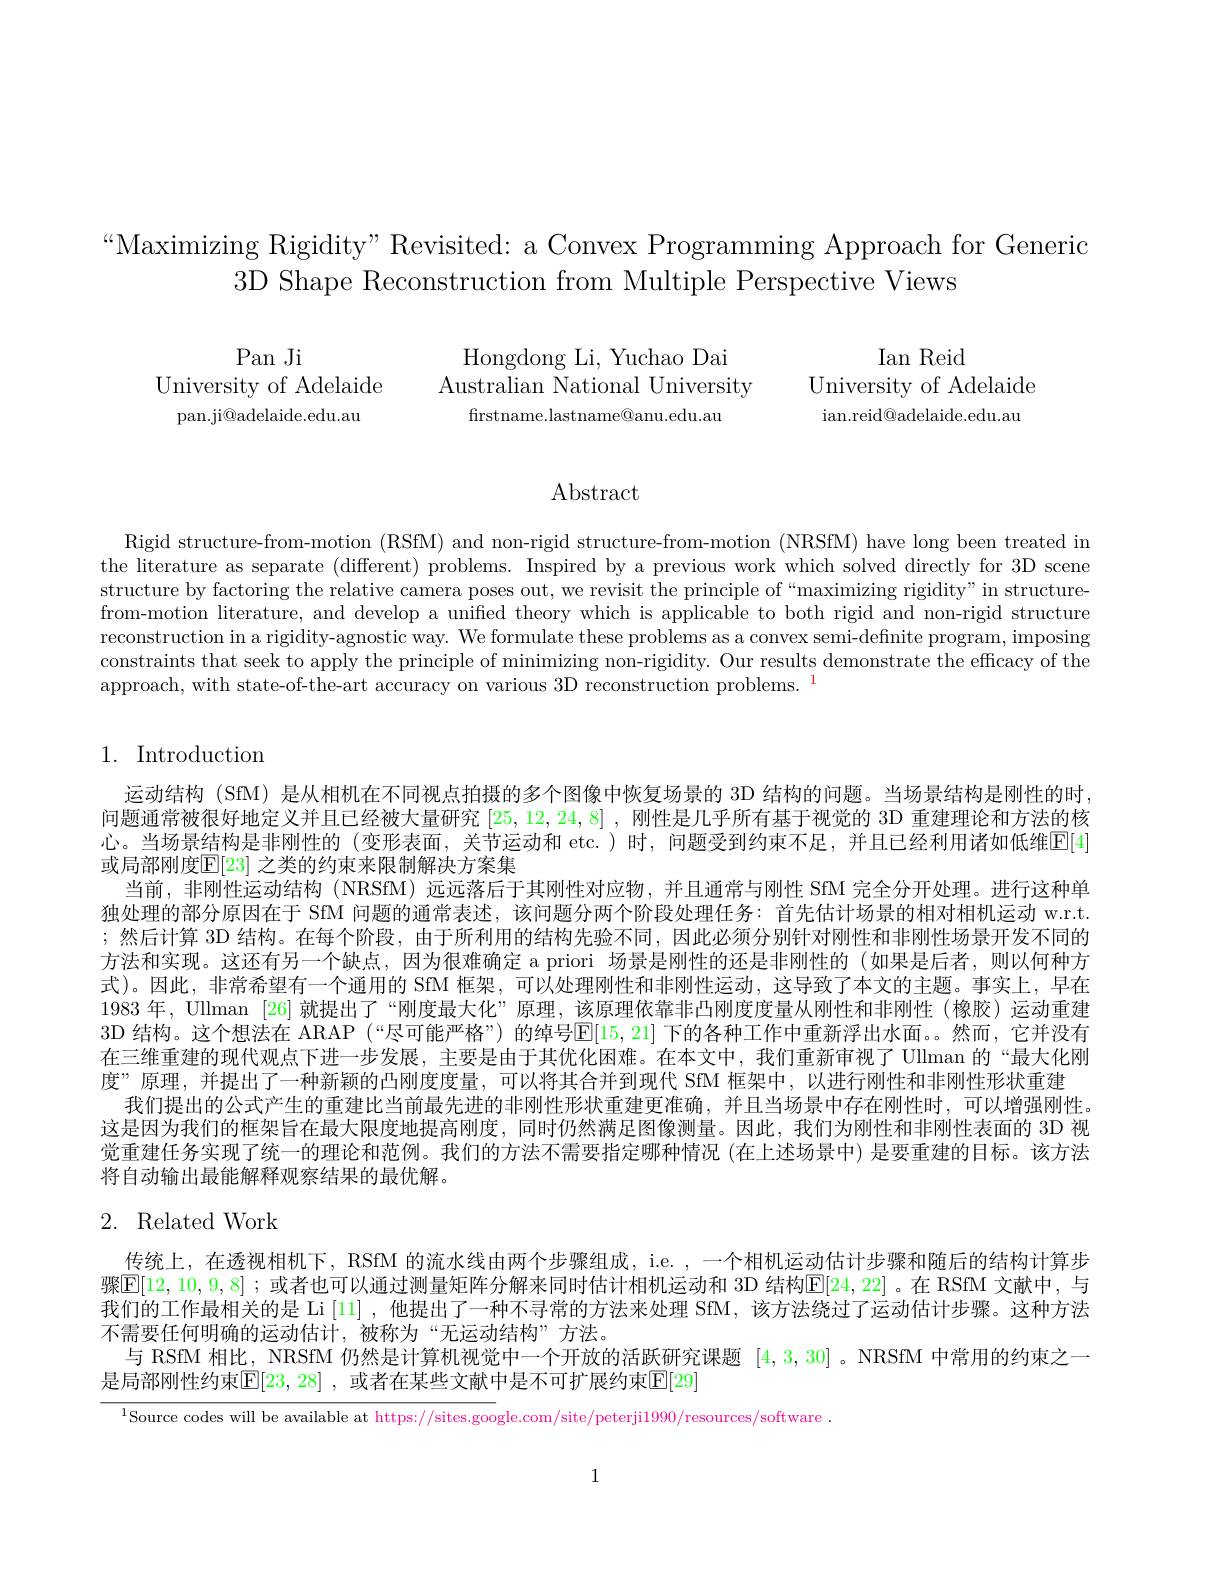
$“$Maximizing Rigidity" Revisited: a Convex Programming Approach for Generic
3D Shape Reconstruction from Multiple Perspective Views

Pan Ji
University of Adelaide Australian National University University of Adelaide
pan.ji@adelaide.edu.au

Hongdong Li, Yuchao Dai frstname.lastname@anu.edu.au

Ian Reid
ian. reid@ adelaide. edu. au

$\operatorname{Abstract}$

Rigid structure-from-motion (RSfM) and non-rigid structure-from-motion (NRSfM) have long been treated in the literature as separate (different) problems. Inspired by a previous work which solved directly for 3D scene structure by factoring the relative camera poses out, we revisit the principle of“maximizing rigidity”in structurefrom-motion literature, and develop a unified theory which is applicable to both rigid and non-rigid structure reconstruction in a rigidity-agnostic way. We formulate these problems as a convex semi-definite program, imposing constraints that seek to apply the principle of minimizing non-rigidity. Our results demonstrate the efficacy of the approach, with state-of-the-art accuracy on various 3D reconstruction problems. $^{\mathrm{1}}$

## 1. Introduction

运动结构 (SfM) 是从相机在不同视点拍摄的多个图像中恢复场景的 3D 结构的问题。当场景结构是刚性的时问题通常被很好地定义并且已经被大量研究[25,12,24,8] , 刚性是几乎所有基于视觉的 3D 重建理论和方法的核心。当场景结构是非刚性的(变形表面，关节运动和 etc.)时，问题受到约束不足，并且已经利用诸如低维$\mathbb{E}[4]$ 或局部刚度$\mathbb{E}[23]$ 之类的约束来限制解决方案集
当前，非刚性运动结构(NRSfM) 远远落后于其刚性对应物，并且通常与刚性 SfM 完全分开处理。进行这种单独处理的部分原因在于 SfM 间题的通常表述，该问题分两个阶段处理任务：首先估计场景的相对相机运动 w.r.t ;然后计算 3D 结构。在每个阶段，由于所利用的结构先验不同，因此必须分别针对刚性和非刚性场景开发不同的方法和实现。这还有另一个缺点，因为很难确定 a priori 场景是刚性的还是非刚性的(如果是后者，则以何种方式)。因此，非常希望有一个通用的 SfM 框架，可以处理刚性和非刚性运动，这导致了本文的主题。事实上，早在1983 年，Ullman [26] 就提出了“刚度最大化”原理，该原理依靠非凸刚度度量从刚性和非刚性(橡胶)运动重建3D 结构。这个想法在 ARAP (“尽可能严格”) 的绰号$\mathbb{E}[15,21]$ 下的各种工作中重新浮出水面。。然而，它并没有在三维重建的现代观点下进一步发展，主要是由于其优化困难。在本文中，我们重新审视了 Ullman 的“最大化刚度”原理，并提出了一种新颖的凸刚度度量，可以将其合并到现代 SfM 框架中，以进行刚性和非刚性形状重建
我们提出的公式产生的重建比当前最先进的非刚性形状重建更准确，并且当场景中存在刚性时，可以增强刚性。这是因为我们的框架旨在最大限度地提高刚度，同时仍然满足图像测量。因此，我们为刚性和非刚性表面的 3D 视觉重建任务实现了统一的理论和范例。我们的方法不需要指定哪种情况 (在上述场景中) 是要重建的目标。该方法将自动输出最能解释观察结果的最优解。

## 2. Related Work

传统上，在透视相机下，RSfM 的流水线由两个步骤组成，i.e. ,一个相机运动估计步骤和随后的结构计算步骤$\mathbb{E}[12,10,9,8];$或者也可以通过测量矩阵分解来同时估计相机运动和 3D 结构E[24,22]。在 RSfM 文献中，与我们的工作最相关的是 Li [11] ,他提出了一种不寻常的方法来处理 SfM,该方法绕过了运动估计步骤。这种方法不需要任何明确的运动估计，被称为“无运动结构”方法。
与 RSfM 相比，NRSfM 仍然是计算机视觉中一个开放的活跃研究课题[4,3,30] 。NRSfM 中常用的约束之一
是局部刚性约束$\mathbb{E}[23,28]$ ,或者在某些文献中是不可扩展约束$\mathbb{E}[29]$

$^{1}$Source codes will be available at https://sites.google.com/site/peterji1990/resources/software

1